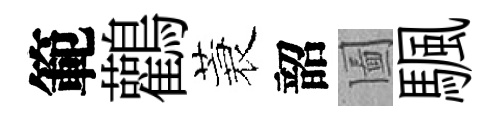
範鸛蓑韶圗颿